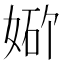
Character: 𪥾